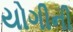
યોગીની